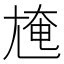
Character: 㞄